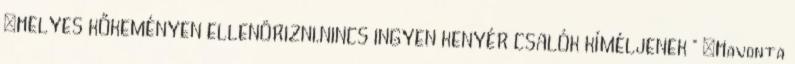
„HELYES KŐKEMÉNYEN ELLENÖRIZNI.NINCS INGYEN KENYÉR CSALÓK KÍMÉLJENEK ” „Havonta